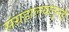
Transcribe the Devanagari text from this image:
संग्रहालयांतूनही